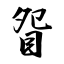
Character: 眢